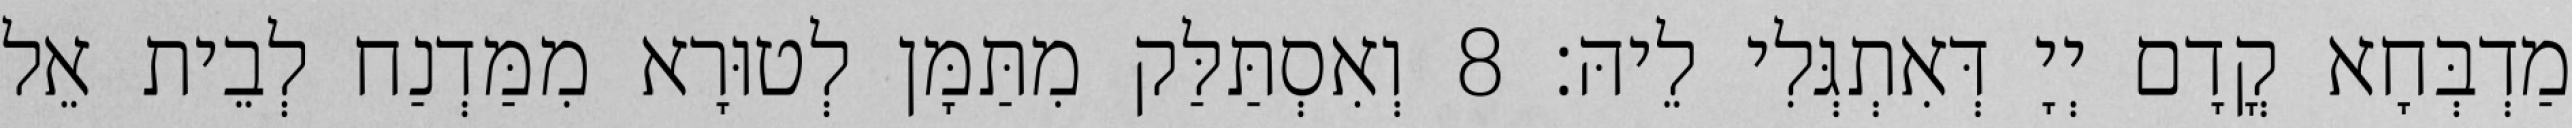
מַדְבְּחָא קֳדָם יְיָ דְּאִתְגְּלִי לֵיהּ׃ 8 וְאִסְתַּלַּק מִתַּמָּן לְטוּרָא מִמַּדְנַח לְבֵית אֵל